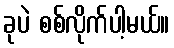
ခုပဲ စစ်လိုက်ပါ့မယ်။